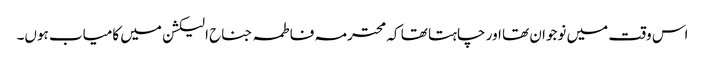
اس وقت میں نوجوان تھا اور چاہتا تھا کہ محترمہ فاطمہ جناح الیکشن میں کامیاب ہوں۔